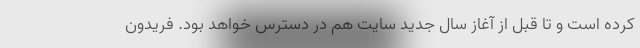
کرده است و تا قبل از آغاز سال جدید سایت هم در دسترس خواهد بود. فریدون